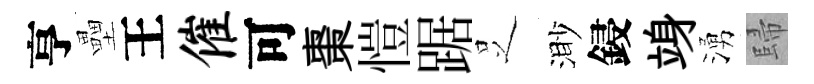
亨壘王催可棗愷踞𠯁渺鋟竧湧歸